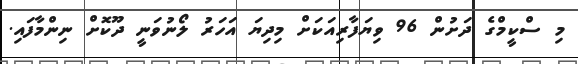
މި ސްކީމްގެ ދަށުން 96 ވިޔަފާރިއަކަށް މިދިޔަ އަހަރު ލޯނުވަނީ ދޫކޮށް ނިންމާފައި.